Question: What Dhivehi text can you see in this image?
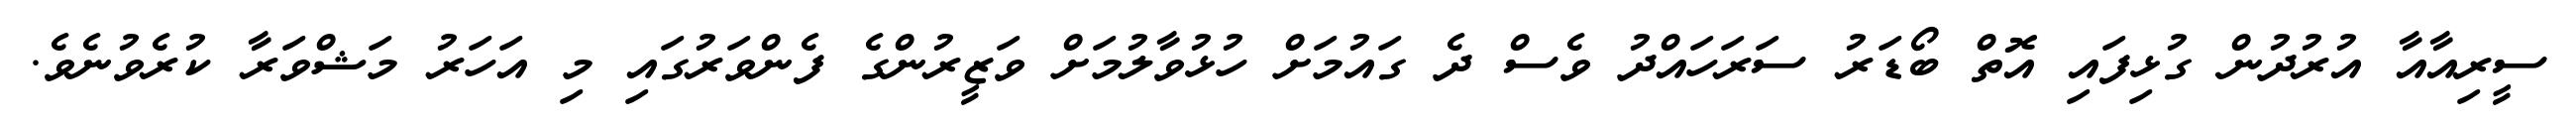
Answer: ސީރިއާއާ އުރުދުން ގުޅިފައި އޮތް ބޯޑަރު ސަރަހައްދު ވެސް ދެ ގައުމަށް ހުޅުވާލުމަށް ވަޒީރުންގެ ފެންވަރުގައި މި އަހަރު މަޝްވަރާ ކުރެވުނެވެ.